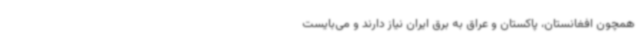
همچون افغانستان، پاکستان و عراق به برق ایران نیاز دارند و می‌بایست